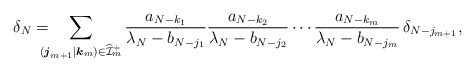
\begin{align*} \delta_N = \kern-10pt \sum_{ (\boldsymbol{j}_{m+1}|\boldsymbol{k}_m)\in\widehat{\mathcal{I}}_m^+} \frac{a_{N-k_1}}{\lambda_N-b_{N-j_1}} \frac{a_{N-k_2}}{\lambda_N-b_{N-j_2}} \cdots \frac{a_{N-k_m}}{\lambda_N-b_{N-j_m}} \, \delta_{N-j_{m+1}}, \end{align*}